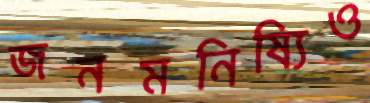
জনমনিষ্যিও